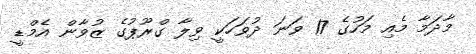
މާދަމާ މެއި މަހުގެ 17 ވަނަ ދުވަހަކީ ވިލާ ގްރޫޕުގެ ޒުވާން އެމްޑީ